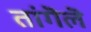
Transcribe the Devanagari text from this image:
तांगॆलॆ